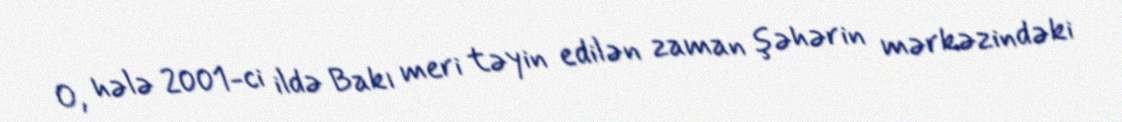
O, hələ 2001-ci ildə Bakı meri təyin edilən zaman şəhərin mərkəzindəki